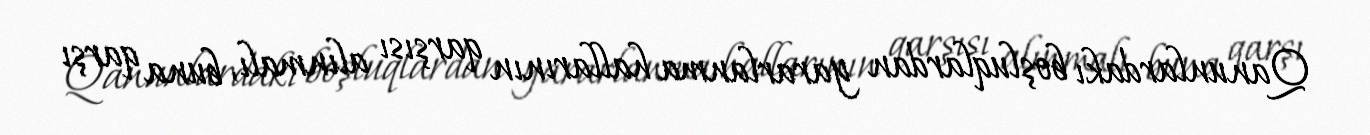
Qanunlardakı boşluqlardan yararlanma hallarının qarşısı alınmalı, buna qarşı